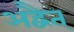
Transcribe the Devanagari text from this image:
अद्वैत्